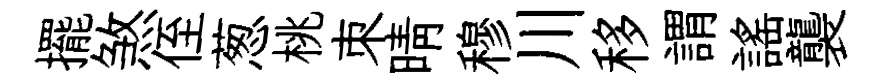
擺煞侄葱桃朿晴穆川移謂謡襲